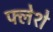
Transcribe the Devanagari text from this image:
फ्लेशे